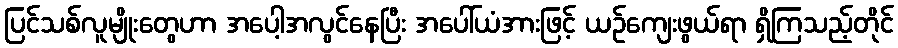
ပြင်သစ်လူမျိုးတွေဟာ အပေါ့အလွင်နေပြီး အပေါ်ယံအားဖြင့် ယဉ်ကျေးဖွယ်ရာ ရှိကြသည့်တိုင်